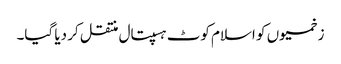
زخمیوں کو اسلام کوٹ ہسپتال منتقل کر دیا گیا۔